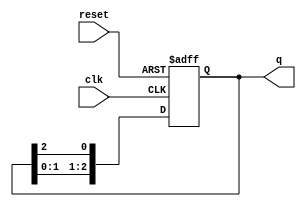
module ring_counter #(parameter N = 3) (
    input wire clk,          // Clock signal
    input wire reset,        // Asynchronous reset
    output reg [N-1:0] q     // Output of the counter
);

    always @(posedge clk or posedge reset) begin
        if (reset) begin
            // Initialize the counter to the first state (100...0)
            q <= 1'b1 << (N-1); // Set the highest bit
        end else begin
            // Perform the ring counter operation
            q <= {q[N-2:0], q[N-1]}; // Shift left and wrap around
        end
    end

endmodule